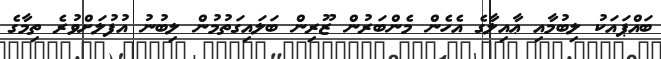
ބައްޕައަކު ލިބުމާއި ޢާއިލާގެ އެހެން މެންބަރުން ޒޫރިން ބަލައިގަތުމުން ލިބުނު އުފުލަށްވުރެ ތިމާގެ